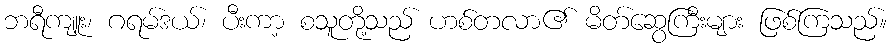
ဘရီကျူး၊ ဂရမ်ဒယ်၊ ပီးကာ့ စသူတို့သည် ဟစ်တလာ၏ မိတ်ဆွေကြီးများ ဖြစ်ကြသည်။